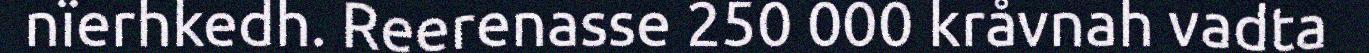
nïerhkedh. Reerenasse 250 000 kråvnah vadta